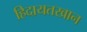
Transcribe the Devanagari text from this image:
हिदायतखान